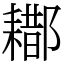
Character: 䣢